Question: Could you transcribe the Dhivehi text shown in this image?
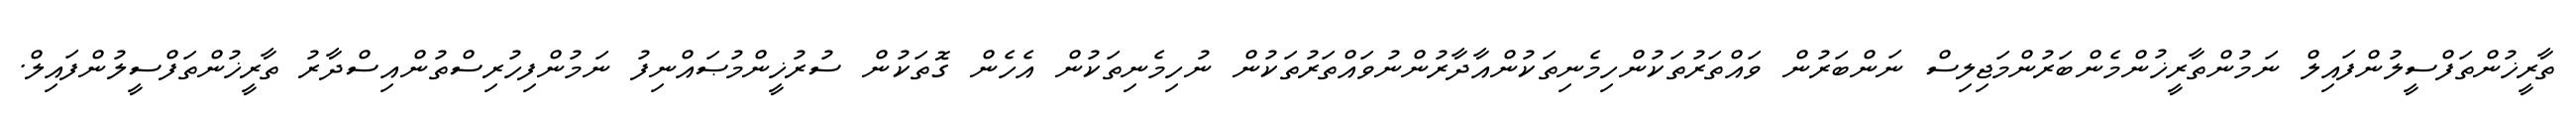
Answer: ތާރީޚުންތަފްސީލުންފައިލް ނަމުންތާރީޚުންމެންބަރުންމަޖިލިސް ނަންބަރުން ވައްތަރުތަކުންހިމެނިތަކުންއާދާރުންނުވައްތަރުތަކުން ނުހިމެނިތަކުން އެހެން ގޮތަކުން ސުރުޚީންމުޞައްނިފު ނަމުންފިހުރިސްތުންއިސްދާރު ތާރީޚުންތަފްސީލުންފައިލް.